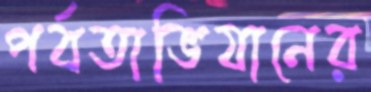
পর্বতাভিযানের